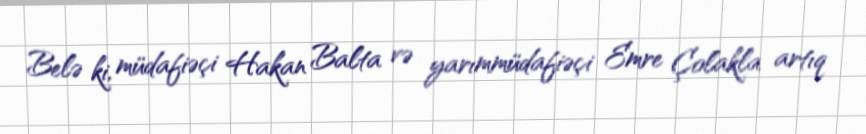
Belə ki, müdafiəçi Hakan Balta və yarımmüdafiəçi Emre Çolakla artıq